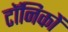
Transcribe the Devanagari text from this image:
टॉनिकों